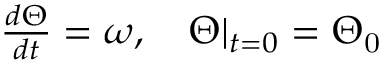
\begin{array} { r } { \frac { d \boldsymbol { \Theta } } { d t } = \boldsymbol { \omega } , ~ ~ ~ \boldsymbol { \Theta } | _ { t = 0 } = \boldsymbol { \Theta } _ { \mathrm { 0 } } } \end{array}